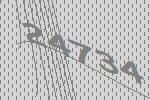
24734